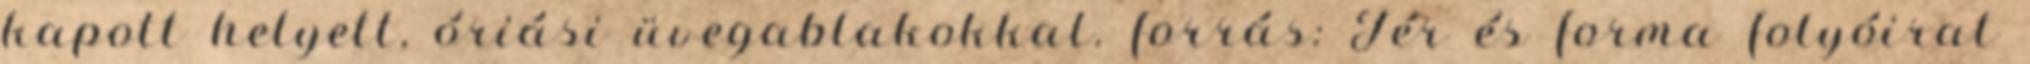
kapott helyett, óriási üvegablakokkal. forrás: Tér és forma folyóirat